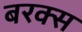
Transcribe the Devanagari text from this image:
बरक्‍स